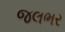
જલભર